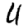
Digit: 4